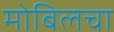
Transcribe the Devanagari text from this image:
मोबिलचा